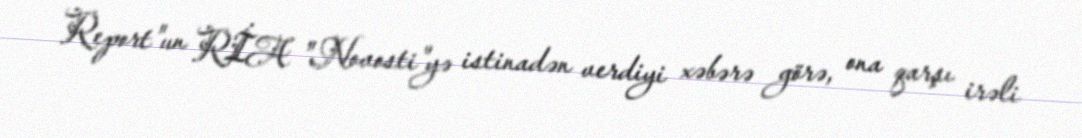
Report"un RİA "Novosti"yə istinadən verdiyi xəbərə görə, ona qarşı irəli